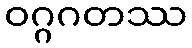
ဝဂ္ဂဂတဿ